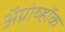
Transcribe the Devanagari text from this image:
अॅग्रोव्हॉक